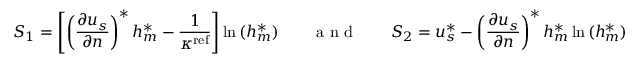
S _ { 1 } = \left[ \left( \frac { \partial { u _ { s } } } { \partial { n } } \right) ^ { * } h _ { m } ^ { * } - \frac { 1 } { \kappa ^ { \mathrm { r e f } } } \right] \ln { ( h _ { m } ^ { * } ) } \qquad \textrm { a n d } \qquad S _ { 2 } = u _ { s } ^ { * } - \left( \frac { \partial { u _ { s } } } { \partial { n } } \right) ^ { * } h _ { m } ^ { * } \ln { ( h _ { m } ^ { * } ) }